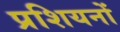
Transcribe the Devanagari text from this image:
प्रशियनों